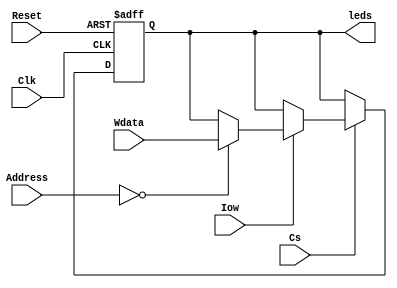
module dev_leds(
    input Reset,input [2:0] Address,input Cs,input Clk,input Iow,input [15:0] Wdata,output [15:0] leds
    );
    reg [15:0] leds=0;

    always @(posedge Clk or negedge Reset)//ƼĴĶд
    begin
        if(Reset==0)//reset
            begin
                leds = 0;
            end
        else if(Cs==1'b1)//Ƭѡ
            begin
                if(Iow==1'b1)//д
                    begin
                        case(Address[2:0])//дַж
                            3'b000: leds = Wdata;//ֵĴֵ
                            default:leds = leds;
                        endcase
                    end
            end
    end
endmodule